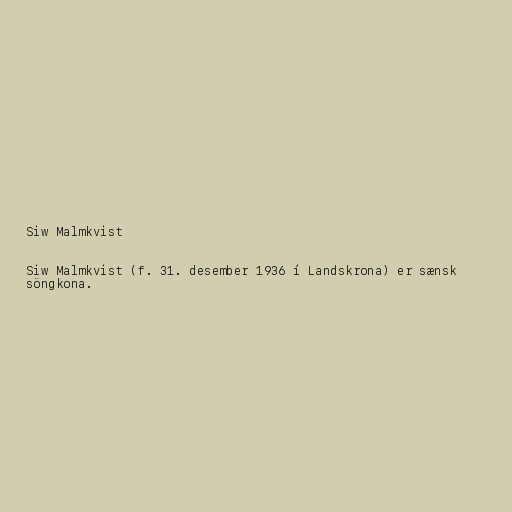
Siw Malmkvist

Siw Malmkvist (f. 31. desember 1936 í Landskrona) er sænsk
söngkona.